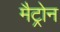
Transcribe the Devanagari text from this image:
मैट्रोन